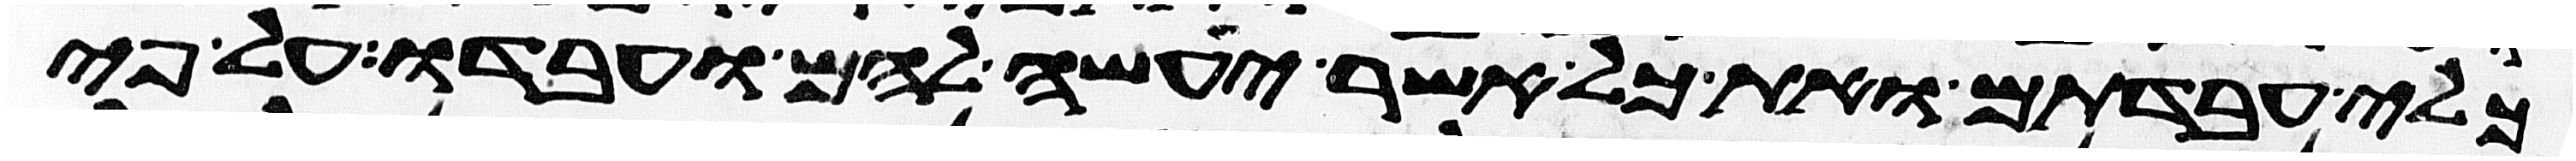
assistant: כלי עבדתם ואת כל אשר יעשה להם ועבדו על פי